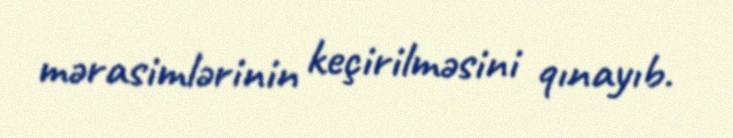
mərasimlərinin keçirilməsini qınayıb.